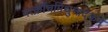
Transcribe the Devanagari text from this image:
यत्क्रौंचमिथुनादेकम्